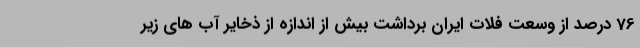
76 درصد از وسعت فلات ایران برداشت بیش از اندازه از ذخایر آب های زیر